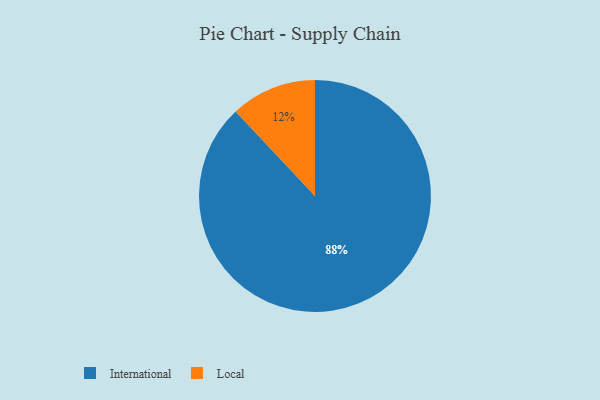
{"axis": {"x": "Category", "y": "Percentage"}, "legend": ["International", "Local"], "data": [{"x": "International", "y": 88, "type": "International"}, {"x": "Local", "y": 12, "type": "Local"}]}